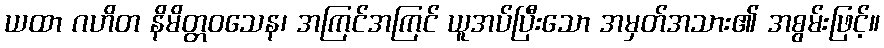
ယထာ ဂဟိတ နိမိတ္တဝသေန၊ အကြင်အကြင် ယူအပ်ပြီးသော အမှတ်အသား၏ အစွမ်းဖြင့်။